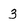
Character: 3